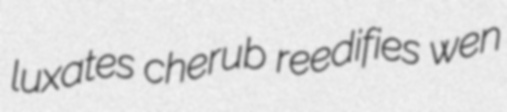
luxates cherub reedifies wen